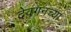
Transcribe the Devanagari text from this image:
देवगनच्या